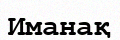
Иманақ